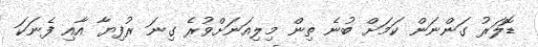
ޑޮލަރު ގަންނަން ކަމަށް ބުނެ ތިން މިލިއަނަށްވުރެ ގިނަ ރުފިޔާ އާއި ފެނަކަ